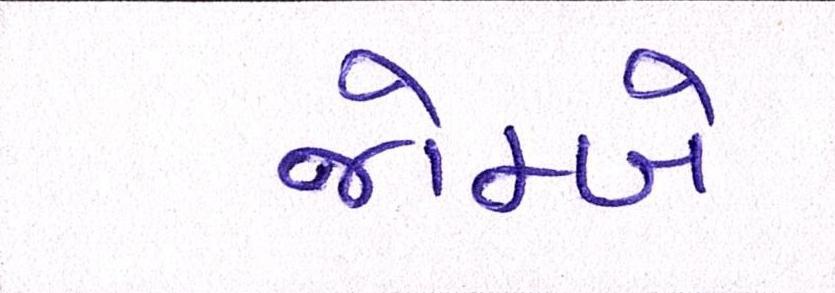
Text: જોમ્બે